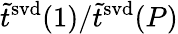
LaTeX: \tilde{t}^{\mathrm{svd}}(1)/\tilde{t}^{\mathrm{svd}}(P)